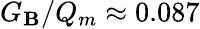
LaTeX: G_{\mathbf{B}}/Q_{m}\approx0.087